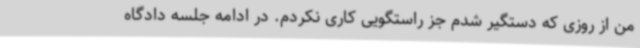
من از روزی که دستگیر شدم جز راستگویی کاری نکردم. در ادامه جلسه دادگاه